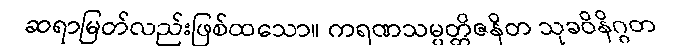
ဆရာမြတ်လည်းဖြစ်ထသော။ ကရဏသမ္ပတ္တိဇနိတ သုခဝိနိဂ္ဂတ